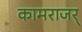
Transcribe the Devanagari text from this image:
कामराजर्